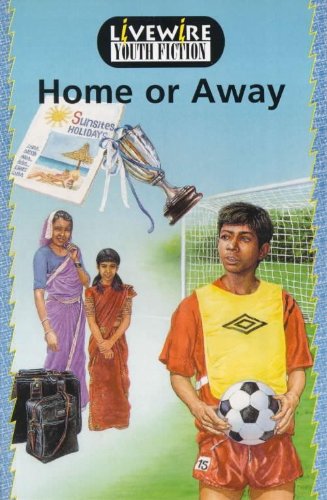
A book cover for Home or Away: Youth Fiction (Livewire youth fiction); John Goodwin; Teen & Young Adult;